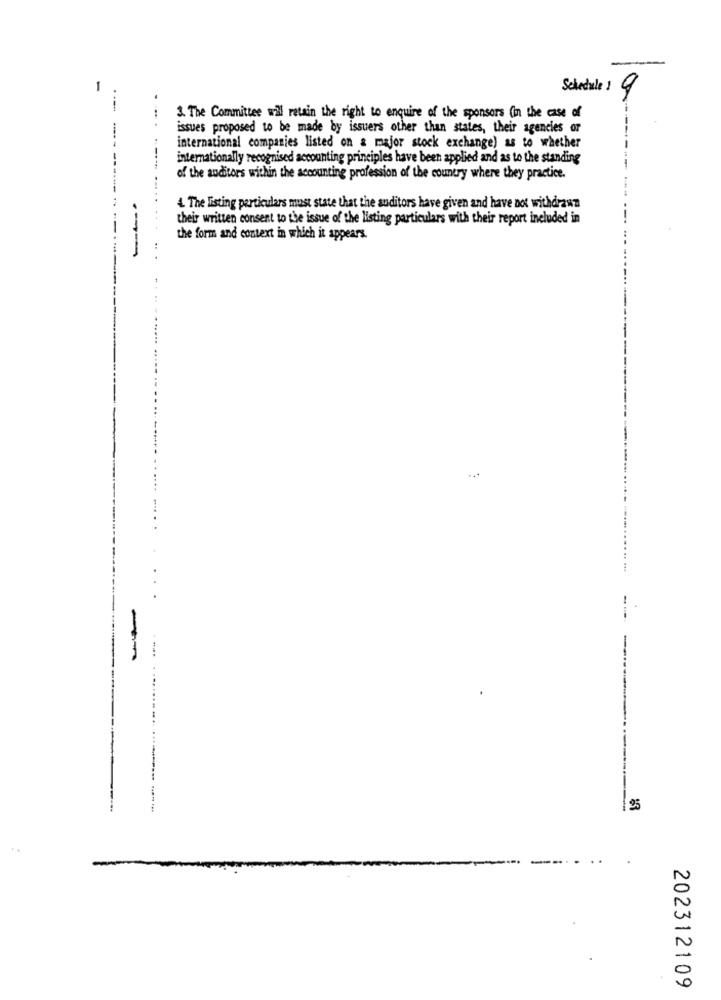
1
Schedule 1 9
3. The Committee will retain the right to enquire of the sponsors in the case of
issues proposed to be made by issuers other than states, their agencies or
----
international companies listed on a major stock exchange) as to whether
internationally recognised accounting principles have been applied and as to the standing
of the auditors within the accounting profession of the country where they practice.
4. The listing particulars must state that the auditors have given and have not withdrawn
their written consent to the issue of the listing particulars with their report included in
the form and context in which it appears.
----
...
1 25
202312109